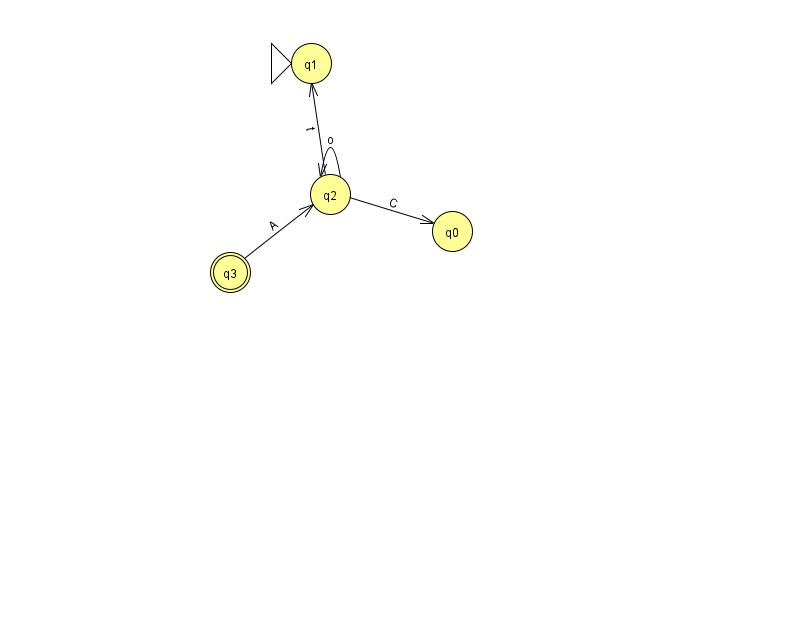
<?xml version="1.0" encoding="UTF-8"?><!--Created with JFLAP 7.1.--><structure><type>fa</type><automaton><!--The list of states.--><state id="0" name="q0"><x>452.0</x><y>218.0</y></state><state id="1" name="q1"><x>311.0</x><y>50.0</y><initial/></state><state id="2" name="q2"><x>330.0</x><y>181.0</y></state><state id="3" name="q3"><x>230.0</x><y>259.0</y><final/></state><!--The list of transitions.--><transition><from>2</from><to>1</to><read>t</read></transition><transition><from>3</from><to>2</to><read>A</read></transition><transition><from>2</from><to>0</to><read>C</read></transition><transition><from>2</from><to>2</to><read>o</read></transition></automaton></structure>